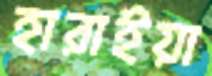
হারাইয়া